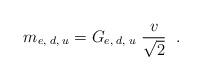
LaTeX: \begin{align*}m_{e, \; d, \; u}=G_{e, \; d, \; u} \; \frac{v}{\sqrt{2}} \; \; .\end{align*}